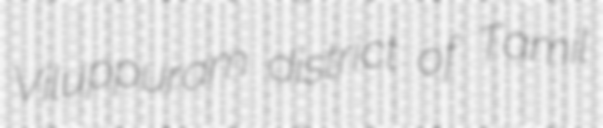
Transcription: Viluppuram district of Tamil